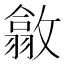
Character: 𢿴